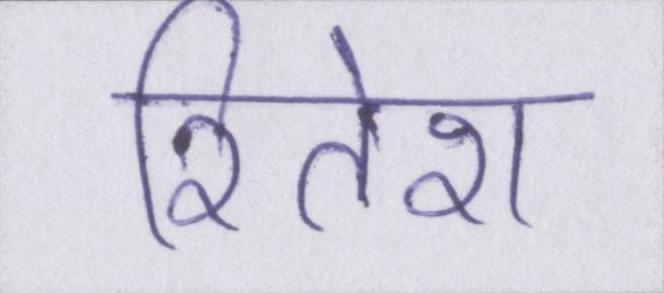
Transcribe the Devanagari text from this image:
रितेश